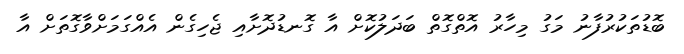
ބޮޑުތަކުރުފާނު މަގު މިހާރު އޮތްގޮތް ބަދަލުކޮށް އާ ގޮނޑުދޮށާއި ޖެހިގެން އެއްގަަމަށްވާގޮތަށް އާ